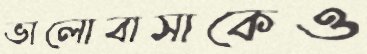
ভালোবাসাকেও